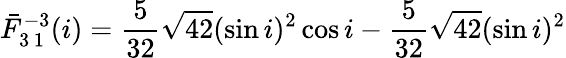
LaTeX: \bar{F}_{3\, 1}^{-3}(i)=\frac{5}{32}\sqrt{42}(\sin i)^{2}\cos i-\frac{5}{32}\sqrt{42}(\sin i)^{2}